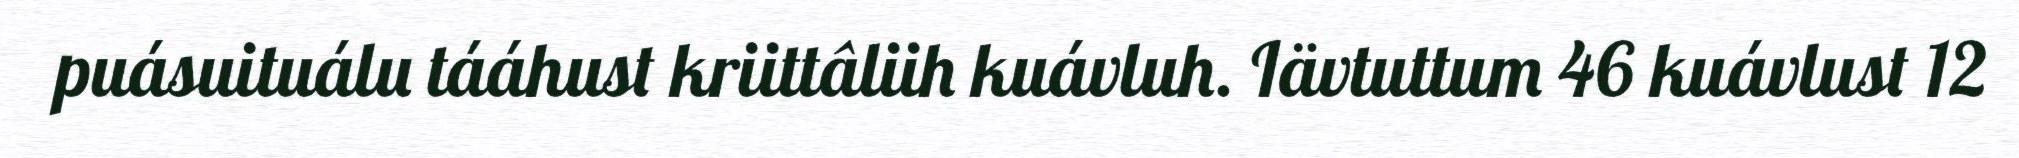
puásuituálu tááhust kriittâliih kuávluh. Iävtuttum 46 kuávlust 12